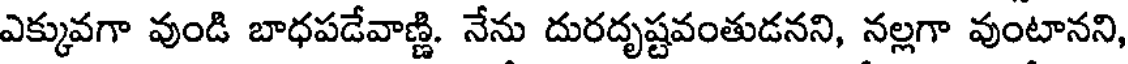
ఎక్కువగా వుండి బాధపడేవాణ్ణి. నేను దురదృష్టవంతుడనని, నల్లగా వుంటానని,